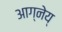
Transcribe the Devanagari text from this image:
आग्नेय्